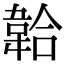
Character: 韐